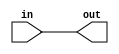
module NonInvertingBuffer(
    input wire in,
    output reg out
);

always @ (in)
    out = in;

endmodule